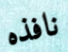
نافذه